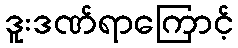
ဒူးဒဏ်ရာကြောင့်